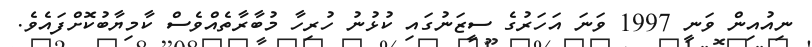
ނިއުއިން ވަނީ 1997 ވަނަ އަހަރުގެ ސީޒަނުގައި ކުޅުނު ހުރިހާ މުބާރާތެއްވެސް ކާމިޔާބުކޮށްފައެވެ.